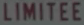
LIMITEE